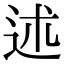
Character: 述